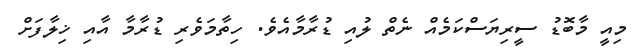
މިއީ މާބޮޑު ސީރިޔަސްކަމެއް ނެތް ލުއި ޑުރާމާއެވެ. ހިތާމަވެރި ޑުރާމާ އާއި ޚިލާފަށް